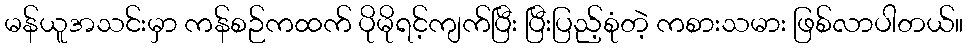
မန်ယူအသင်းမှာ ကန်စဉ်ကထက် ပိုမိုရင့်ကျက်ပြီး ပြီးပြည့်စုံတဲ့ ကစားသမား ဖြစ်လာပါတယ်။